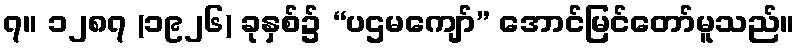
၇။ ၁၂၈၇ (၁၉၂၆) ခုနှစ်၌ “ပဌမကျော်” အောင်မြင်တော်မူသည်။